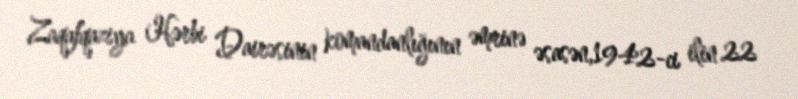
Zaqafqaziya Hərbi Dairəsinin komandanlığının əmrinə əsasən,1942-ci ilin 22